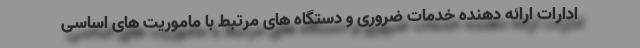
ادارات ارائه دهنده خدمات ضروری و دستگاه های مرتبط با ماموریت های اساسی